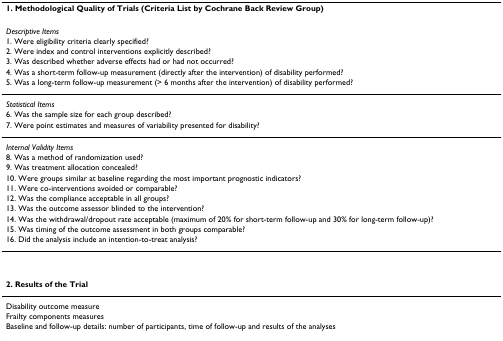
<table><thead><tr><td><b>1. Methodological Quality of Trials (Criteria List by Cochrane Back Review Group)</b></td></tr></thead><tbody><tr><td><i>Descriptive Items</i></td></tr><tr><td>1. Were eligibility criteria clearly specified?</td></tr><tr><td>2. Were index and control interventions explicitly described?</td></tr><tr><td>3. Was described whether adverse effects had or had not occurred?</td></tr><tr><td>4. Was a short-term follow-up measurement (directly after the intervention) of disability performed?</td></tr><tr><td>5. Was a long-term follow-up measurement (&gt; 6 months after the intervention) of disability performed?</td></tr><tr><td><i>Statistical Items</i></td></tr><tr><td>6. Was the sample size for each group described?</td></tr><tr><td>7. Were point estimates and measures of variability presented for disability?</td></tr><tr><td><i>Internal Validity Items</i></td></tr><tr><td>8. Was a method of randomization used?</td></tr><tr><td>9. Was treatment allocation concealed?</td></tr><tr><td>10. Were groups similar at baseline regarding the most important prognostic indicators?</td></tr><tr><td>11. Were co-interventions avoided or comparable?</td></tr><tr><td>12. Was the compliance acceptable in all groups?</td></tr><tr><td>13. Was the outcome assessor blinded to the intervention?</td></tr><tr><td>14. Was the withdrawal/dropout rate acceptable (maximum of 20% for short-term follow-up and 30% for long-term follow-up)?</td></tr><tr><td>15. Was timing of the outcome assessment in both groups comparable?</td></tr><tr><td>16. Did the analysis include an intention-to-treat analysis?</td></tr><tr><td><b>2. Results of the Trial</b></td></tr><tr><td>Disability outcome measure</td></tr><tr><td>Frailty components measures</td></tr><tr><td>Baseline and follow-up details: number of participants, time of follow-up and results of the analyses</td></tr></tbody></table>